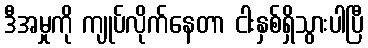
ဒီအမှုကို ကျုပ်လိုက်နေတာ ငါးနှစ်ရှိသွားပါပြီ